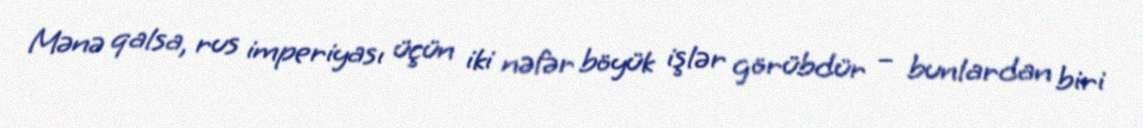
Mənə qalsa, rus imperiyası üçün iki nəfər böyük işlər görübdür – bunlardan biri